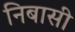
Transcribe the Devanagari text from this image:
निबासी